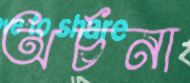
অর্চনা